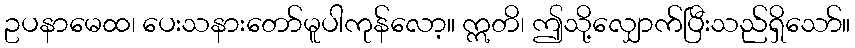
ဥပနာမေထ၊ ပေးသနားတော်မူပါကုန်လော့။ ဣတိ၊ ဤသို့လျှောက်ပြီးသည်ရှိသော်။